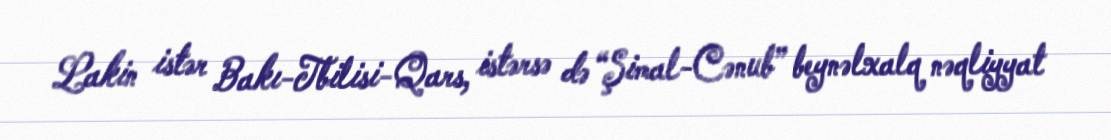
Lakin istər Bakı-Tbilisi-Qars, istərsə də “Şimal-Cənub” beynəlxalq nəqliyyat